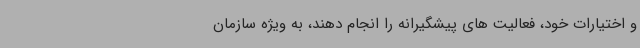
و اختیارات خود، فعالیت های پیشگیرانه را انجام دهند، به ویژه سازمان